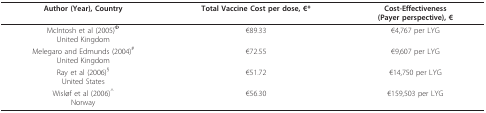
<table><thead><tr><td><b>Author (Year), Country</b></td><td><b>Total Vaccine Cost per dose, €*</b></td><td><b>Cost-Effectiveness(Payer perspective), €</b></td></tr></thead><tbody><tr><td>McIntosh et al (2005)<sup>Φ</sup>United Kingdom</td><td>€89.33</td><td>€4,767 per LYG</td></tr><tr><td>Melegaro and Edmunds (2004)<sup>#</sup>United Kingdom</td><td>€72.55</td><td>€9,607 per LYG</td></tr><tr><td>Ray et al (2006)<sup>§</sup>United States</td><td>€51.72</td><td>€14,750 per LYG</td></tr><tr><td>Wisløf et al (2006)<sup>^</sup>Norway</td><td>€56.30</td><td>€159,503 per LYG</td></tr></tbody></table>